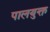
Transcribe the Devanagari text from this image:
पालयुक्त